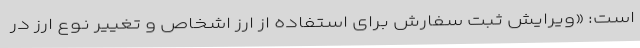
است: «ویرایش ثبت سفارش برای استفاده از ارز اشخاص و تغییر نوع ارز در